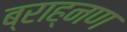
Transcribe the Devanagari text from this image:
ब्राह्नण